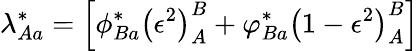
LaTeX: \lambda_{Aa}^{*}=\left[\phi_{Ba}^{*}\left(\epsilon^{2}\right)_{A}^{B}+\varphi_{Ba}^{*}\left(1-\epsilon^{2}\right)_{A}^{B}\right]